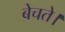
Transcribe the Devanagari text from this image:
बेचते।